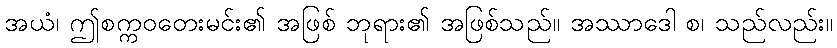
အယံ၊ ဤစက္ကဝတေးမင်း၏ အဖြစ် ဘုရား၏ အဖြစ်သည်။ အဿာဒေါ စ၊ သည်လည်း။